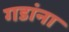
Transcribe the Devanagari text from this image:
गडांना